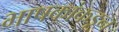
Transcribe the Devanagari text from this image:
भाषकांकडून